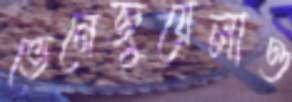
ভেনেজুয়েলাও